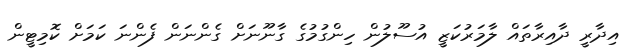
އިދާރީ ދާއިރާތައް ލާމަރުކަޒީ އުސޫލުން ހިންގުމުގެ ގާނޫނަށް ގެންނަން ފެންނަ ކަމަށް ކޮމިޓީން